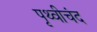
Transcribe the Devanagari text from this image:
पृथ्वीचंद